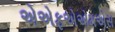
એએફએએમએસ